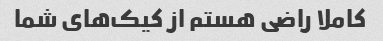
کاملا راضی هستم از کیک‌های شما